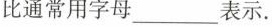
比通常用字母___表示。